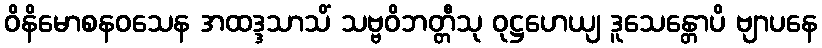
ဝိနိမောစနဝသေန အထဒ္ဒသာသိံ သဗ္ဗဝိဘတ္တီသု ဝုဋ္ဌဟေယျ ဒူသေန္တောပိ ဗျာပနေ